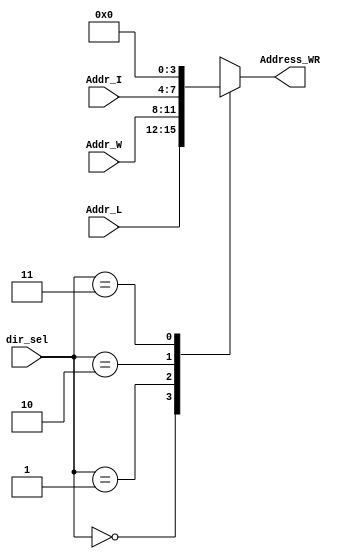
`timescale 1ns / 1ps
//////////////////////////////////////////////////////////////////////////////////
// Company: 
// 
// Design Name: 
// Module Name:    mux_Direcciones 
// Project Name: 
// Target Devices: 
// Tool versions: 
// Description: 
//
// Dependencies: 
//
// Revision: 
// Revision 0.01 - File Created
// Additional Comments: 
//
//////////////////////////////////////////////////////////////////////////////////
module mux_Direcciones(
	input [3:0] Addr_L,Addr_W,Addr_I,
	input wire [1:0] dir_sel,
	output reg [3:0] Address_WR
    );
	
always @*
	
	case (dir_sel)
		2'b00: Address_WR = Addr_L;
		2'b01: Address_WR = Addr_W;
		2'b10: Address_WR = Addr_I;
		2'b11: Address_WR = 4'b0000;
		default: Address_WR = 4'b0000;
	endcase

endmodule